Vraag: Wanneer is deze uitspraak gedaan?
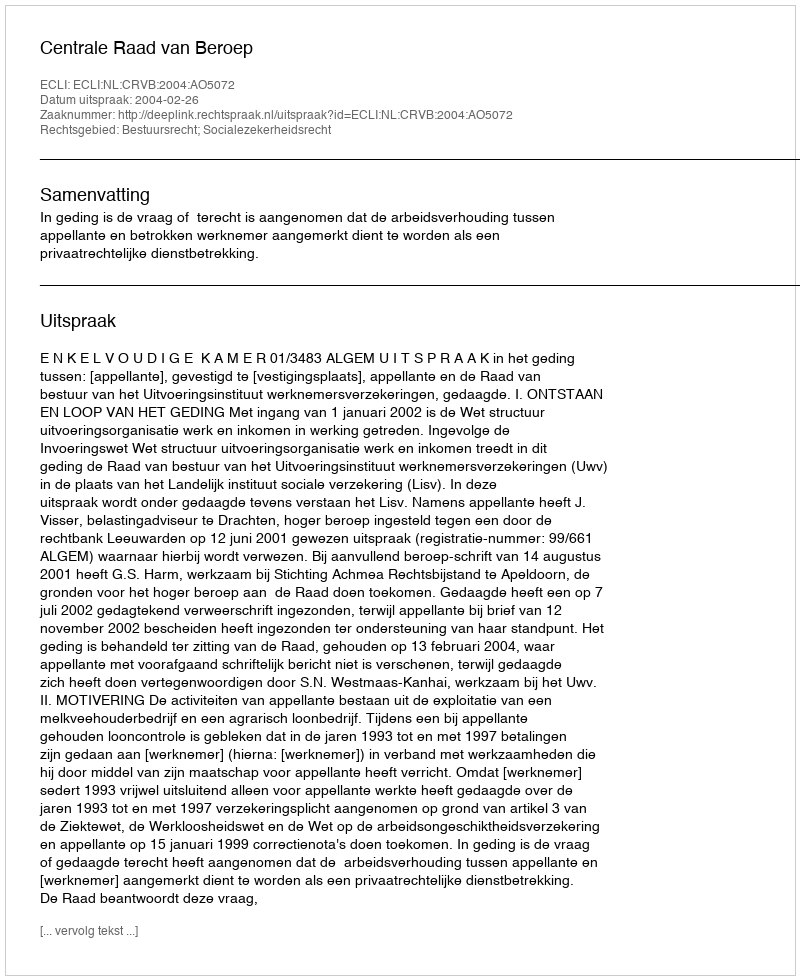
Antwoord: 2004-02-26